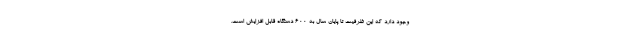
وجود دارد که این ظرفیت تا پایان سال به ۶۰۰ دستگاه قابل افزایش است.